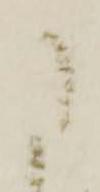
た